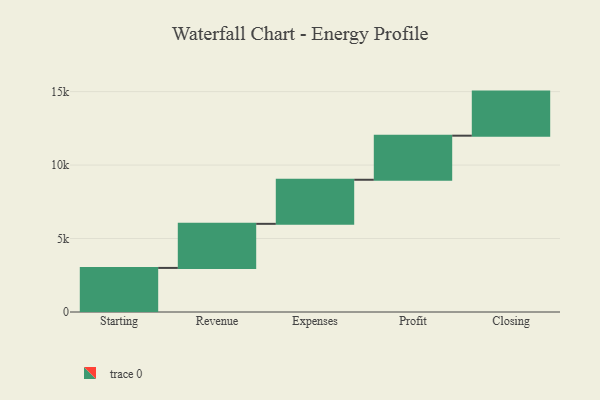
{"axis": {"x": "Step", "y": "Value"}, "legend": [""], "data": [{"x": "Starting", "y": 3000, "type": ""}, {"x": "Revenue", "y": 3000, "type": ""}, {"x": "Expenses", "y": 3000, "type": ""}, {"x": "Profit", "y": 3000, "type": ""}, {"x": "Closing", "y": 3000, "type": ""}]}